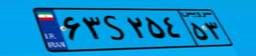
۶۳S۲۵۴۵۳